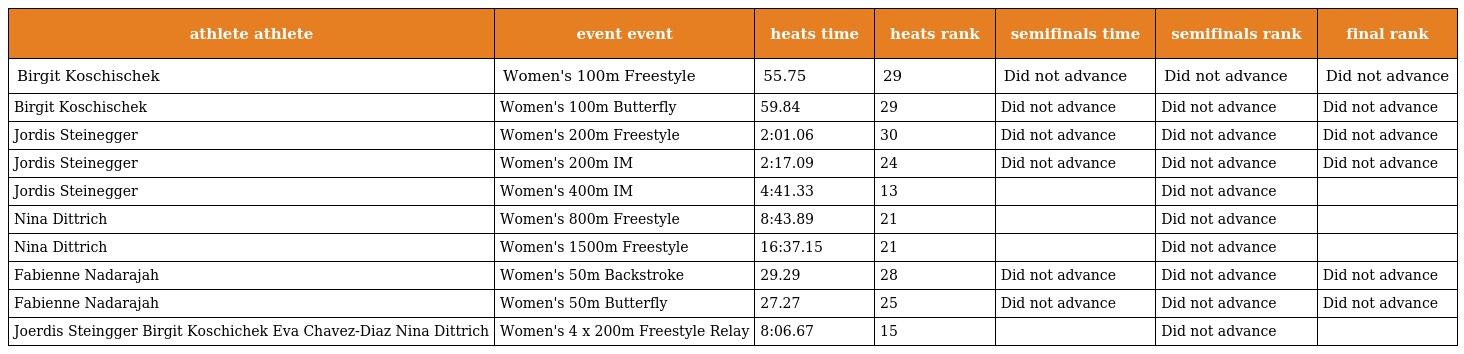
| athlete athlete | event event | heats time | heats rank | semifinals time | semifinals rank | final rank |
 | --- | --- | --- | --- | --- | --- | --- |
 | Birgit Koschischek | Women's 100m Freestyle | 55.75 | 29 | Did not advance | Did not advance | Did not advance |
 | Birgit Koschischek | Women's 100m Butterfly | 59.84 | 29 | Did not advance | Did not advance | Did not advance |
 | Jordis Steinegger | Women's 200m Freestyle | 2:01.06 | 30 | Did not advance | Did not advance | Did not advance |
 | Jordis Steinegger | Women's 200m IM | 2:17.09 | 24 | Did not advance | Did not advance | Did not advance |
 | Jordis Steinegger | Women's 400m IM | 4:41.33 | 13 |  | Did not advance |  |
 | Nina Dittrich | Women's 800m Freestyle | 8:43.89 | 21 |  | Did not advance |  |
 | Nina Dittrich | Women's 1500m Freestyle | 16:37.15 | 21 |  | Did not advance |  |
 | Fabienne Nadarajah | Women's 50m Backstroke | 29.29 | 28 | Did not advance | Did not advance | Did not advance |
 | Fabienne Nadarajah | Women's 50m Butterfly | 27.27 | 25 | Did not advance | Did not advance | Did not advance |
 | Joerdis Steingger Birgit Koschichek Eva Chavez-Diaz Nina Dittrich | Women's 4 x 200m Freestyle Relay | 8:06.67 | 15 |  | Did not advance |  |